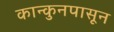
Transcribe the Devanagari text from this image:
कान्कुनपासून